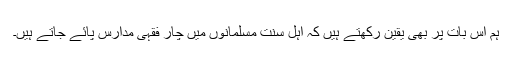
ہم اس بات پر بهى یقین رکهتے ہیں کہ اہل سنت مسلمانوں میں چار فقہى مدارس پائے جاتے ہیں۔